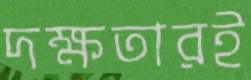
দক্ষতারই